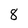
Character: 8